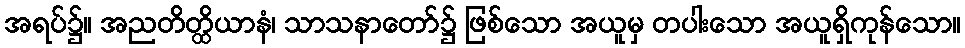
အရပ်၌။ အညတိတ္ထိယာနံ၊ သာသနာတော်၌ ဖြစ်သော အယူမှ တပါးသော အယူရှိကုန်သော။